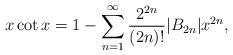
LaTeX: \begin{align*}x \cot x=1-\sum_{n=1}^\infty\frac{2^{2n}}{(2n)!}|B_{2n}|x^{2n},\end{align*}